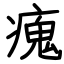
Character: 瘣